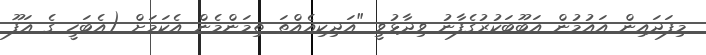
މިފަދައިން އައުމުން އަބޫބަކުރުގެފާނު ވިދާޅުވީ "އަދިކިއެއްތަ ތިމަންމެން އެކަމަށް (އެބަހީ ގެ އަފޫ